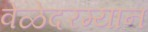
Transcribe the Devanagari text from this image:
वेळेदरम्यान